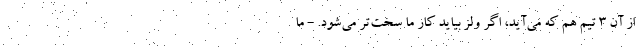
از آن ۳ تیم هم که می‌آید، اگر ولز بیاید کار ما سخت‌تر می‌شود. - ما